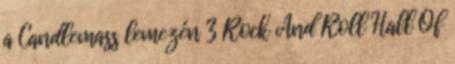
a Candlemass lemezén 3 Rock And Roll Hall Of